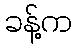
ခန့်က